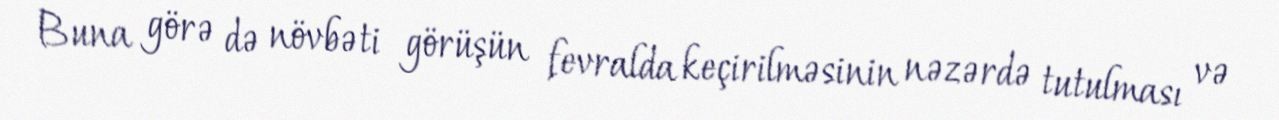
Buna görə də növbəti görüşün fevralda keçirilməsinin nəzərdə tutulması və